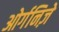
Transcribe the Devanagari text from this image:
ओर्गनिज़े